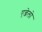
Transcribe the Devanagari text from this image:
एन्जेलो